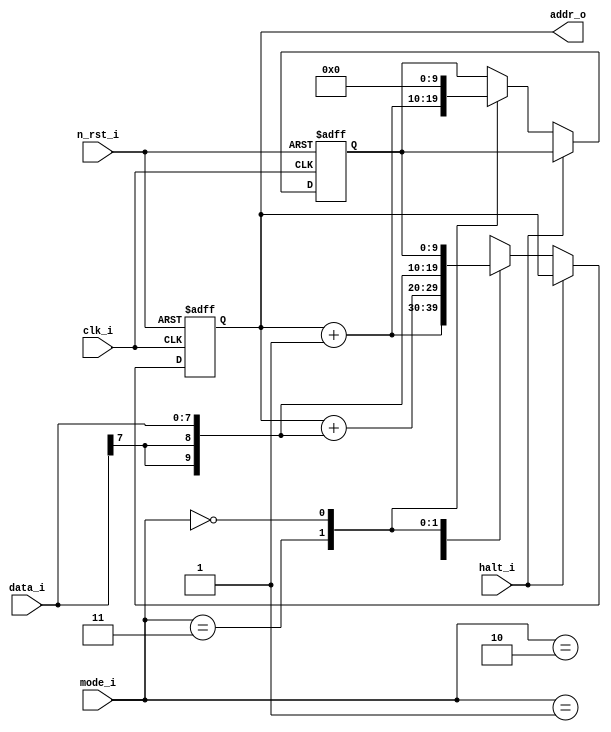
module pc (
	clk_i,
	halt_i,
	n_rst_i,
	mode_i,
	data_i,
	addr_o
);
	input wire clk_i;
	input wire halt_i;
	input wire n_rst_i;
	input wire [1:0] mode_i;
	localparam pico_N = 8;
	input wire signed [7:0] data_i;
	localparam pico_A = 10;
	output reg [9:0] addr_o;
	reg [9:0] rtn_addr;
	localparam [1:0] pico_INCREMENT = 2'h1;
	localparam [1:0] pico_RELATIVE = 2'h2;
	localparam [1:0] pico_RETURN = 2'h0;
	localparam [1:0] pico_SUBROUTINE = 2'h3;
	function automatic signed [9:0] sv2v_cast_10_signed;
		input reg signed [9:0] inp;
		sv2v_cast_10_signed = inp;
	endfunction
	always @(posedge clk_i or negedge n_rst_i)
		if (~n_rst_i) begin
			addr_o <= {10 {1'sb0}};
			rtn_addr <= {10 {1'sb0}};
		end
		else if (~halt_i)
			case (mode_i)
				pico_INCREMENT: addr_o <= addr_o + 1'd1;
				pico_RELATIVE: addr_o <= addr_o + sv2v_cast_10_signed(data_i);
				pico_SUBROUTINE: begin
					rtn_addr <= addr_o + 1'd1;
					addr_o <= sv2v_cast_10_signed(data_i);
				end
				pico_RETURN: begin
					addr_o <= rtn_addr;
					rtn_addr <= {10 {1'sb0}};
				end
			endcase
		else
			addr_o <= addr_o;
endmodule